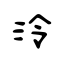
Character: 泠